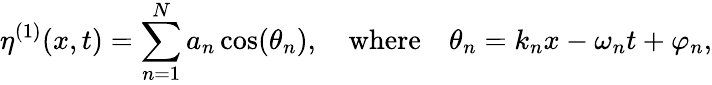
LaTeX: \eta^{(1)}(x,t)=\sum_{n=1}^{N}a_{n}\cos(\theta_{n}),\quad\mathrm{where}\quad\theta_{n}=k_{n}x-\omega_{n}t+\varphi_{n},